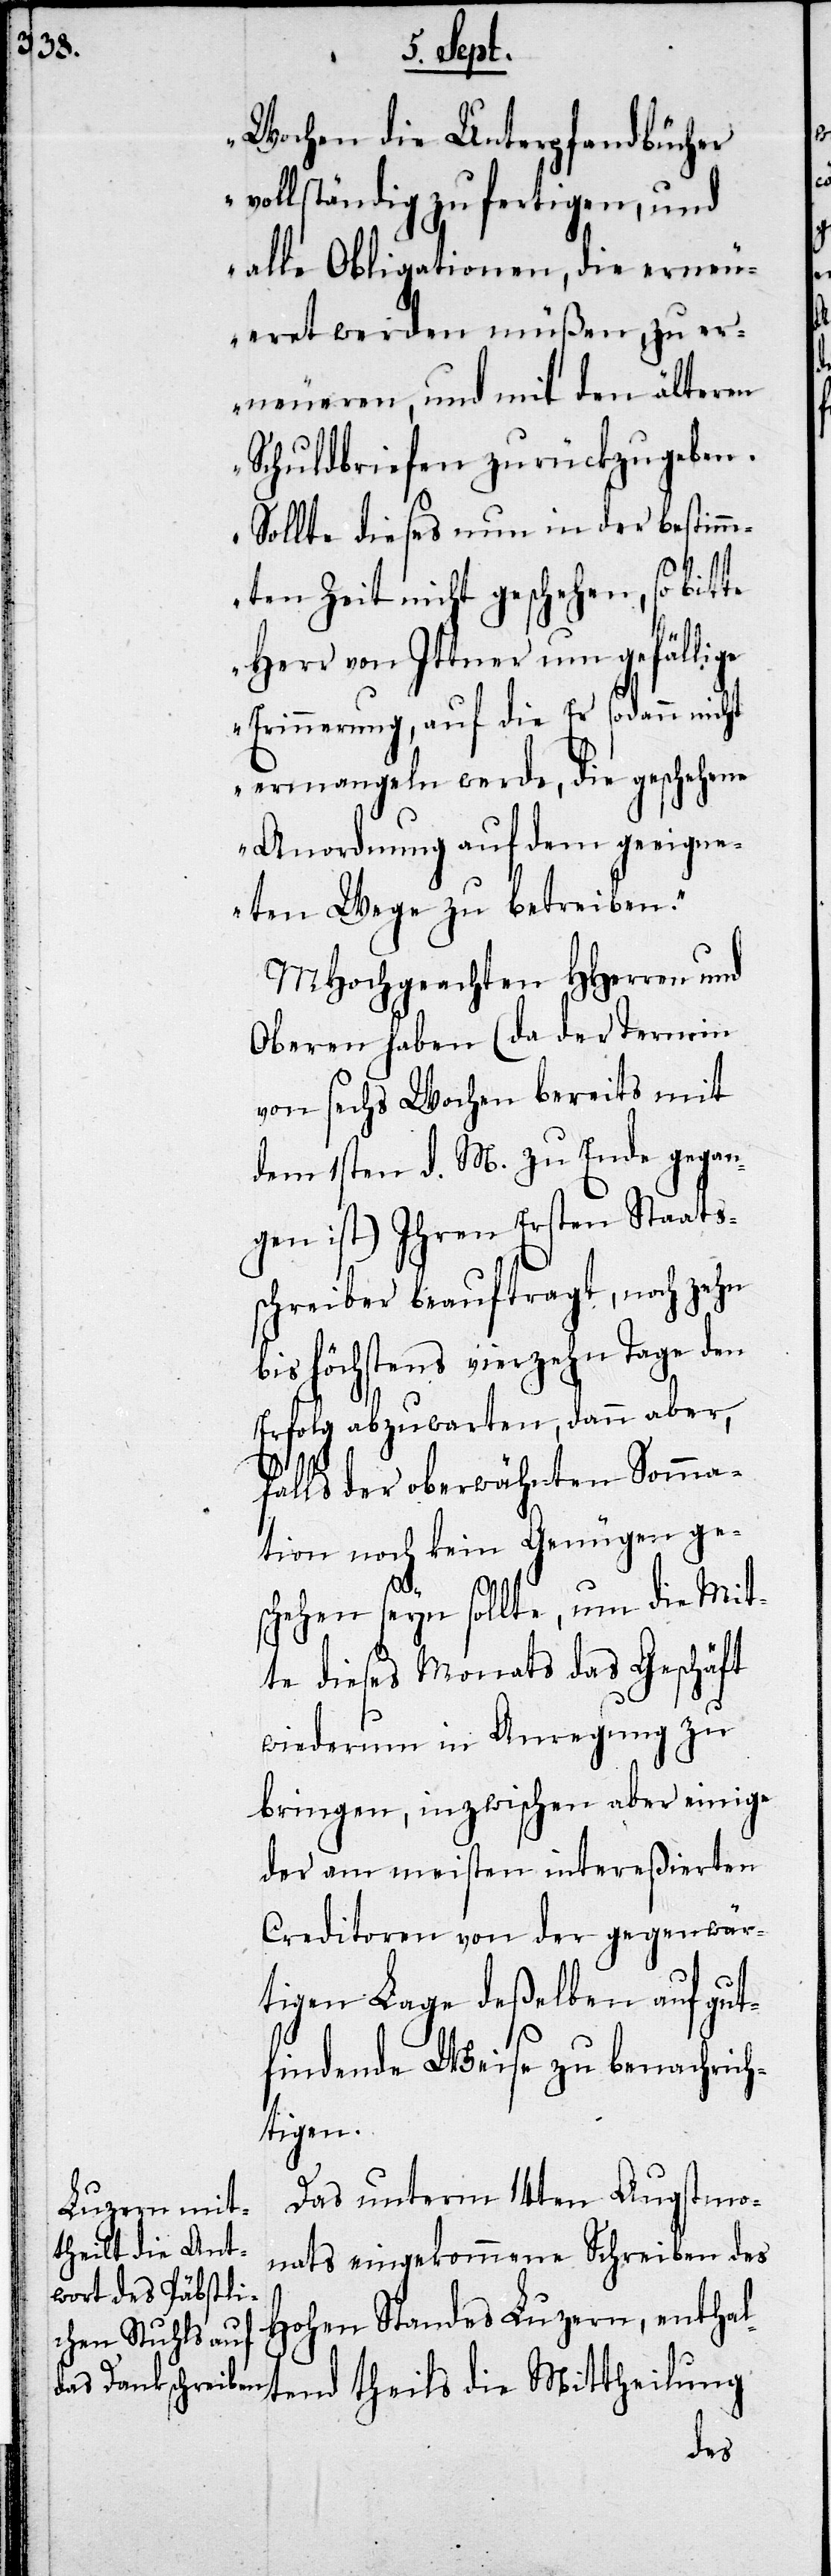
Wochen die Unterpfandbücher
vollständig zu fertigen, und
alle Obligationen, die erneu¬
eret werden müßen, zu er¬
neueren, und mit den älteren
Schuldbriefen zurückzugeben.
Sollte dieses nun in der bestimm¬
ten Zeit nicht geschehen, so bitte
Herr von Ittner um gefällige
Erinnerung, auf die Er sodann nicht
ermangeln werde, die geschehene
Anordnung auf dem geeigne¬
ten Wege zu betreiben.“
MHochgeachten HHerren und
Obern haben (da der Termin
von sechs Wochen bereits mit
dem 1sten d. M. zu Ende gegan¬
gen ist) Ihren Ersten Staats¬
schreiber beauftragt, noch zehn
bis höchstens vierzehn Tage den
Erfolg abzuwarten, dann aber,
falls der oberwähnten Somma¬
tion noch keine Genüge ge¬
schehen seyn sollte, um die Mit¬
te dieses Monats das Geschäft
wiederum in Anregung zu
bringen, inzwischen aber einige
der am meisten intereßierten
Creditoren von der gegenwär¬
tigen Lage deßelben auf gut¬
findende Weise zu benachrich¬
tigen.
Das unterm 14ten Augstmo¬
nats eingekommene Schreiben des
Hohen Standes Luzern, enthal¬
tend